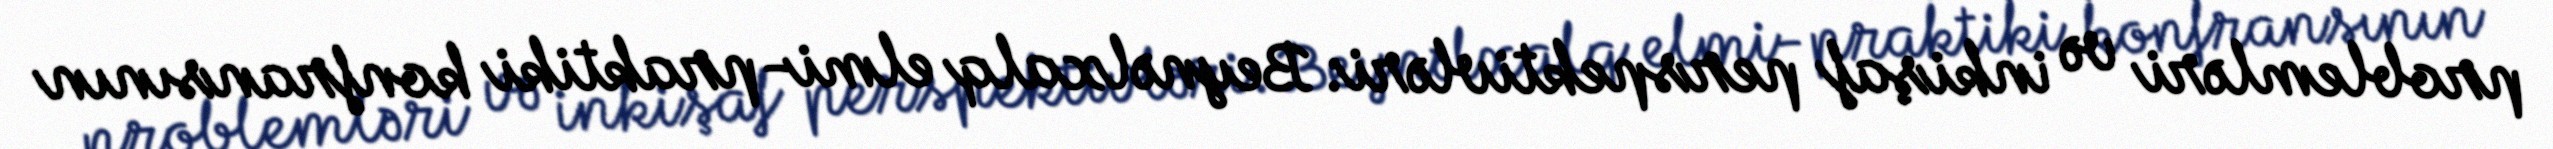
problemləri və inkişaf perspektivləri: Beynəlxalq elmi-praktiki konfransının